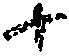
十